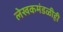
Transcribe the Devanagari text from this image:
लेखकमंडळीही